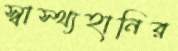
স্বাস্থ্যহানির